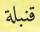
قنبلة